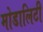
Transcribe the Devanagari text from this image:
मोडालिटी